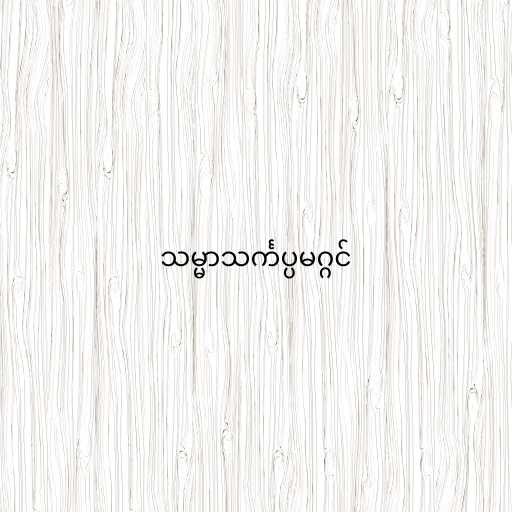
သမ္မာသင်္ကပ္ပမဂ္ဂင်